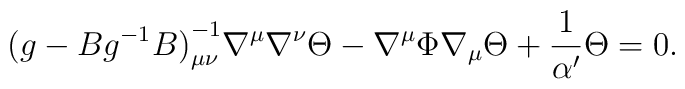
{(g - B g^{-1} B)}^{-1}_{\mu \nu} \nabla^{\mu}\nabla^{\nu}\Theta - \nabla^{\mu}\Phi \nabla_{\mu} \Theta + {1\over \alpha'} \Theta = 0.